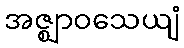
အဇ္ဈာဝသေယျံ